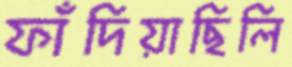
ফাঁদিয়াছিলি